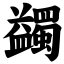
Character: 蠲